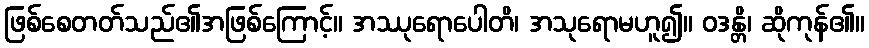
ဖြစ်စေတတ်သည်၏အဖြစ်ကြောင့်။ အဿုရောပေါတိ၊ အသုရောမဟူ၍။ ဝဒန္တိ၊ ဆိုကုန်၏။